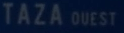
TAZA QUEST